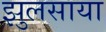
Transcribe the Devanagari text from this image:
झुलसाया